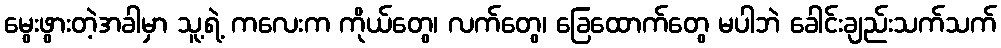
မွေးဖွားတဲ့အခါမှာ သူ့ရဲ့ ကလေးက ကိုယ်တွေ၊ လက်တွေ၊ ခြေထောက်တွေ မပါဘဲ ခေါင်းချည်းသက်သက်